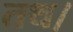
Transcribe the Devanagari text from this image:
तथ।